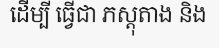
ដើម្បី ធ្វើជា ភស្តុតាង និង